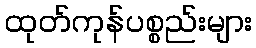
ထုတ်ကုန်ပစ္စည်းများ